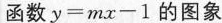
函数$$y = m x - 1$$的图象